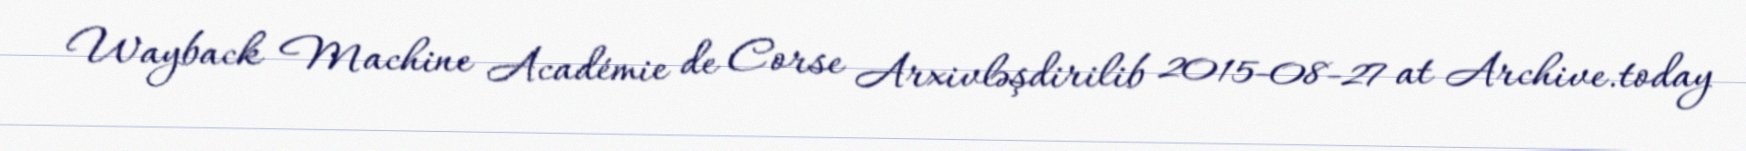
Wayback Machine Académie de Corse Arxivləşdirilib 2015-08-27 at Archive.today